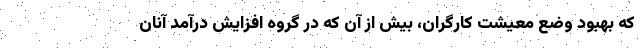
که بهبود وضع معیشت کارگران، بیش از آن که در گروه افزایش درآمد آنان